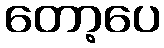
တော့ပေ